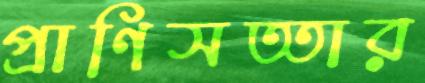
প্রাণিসত্তার